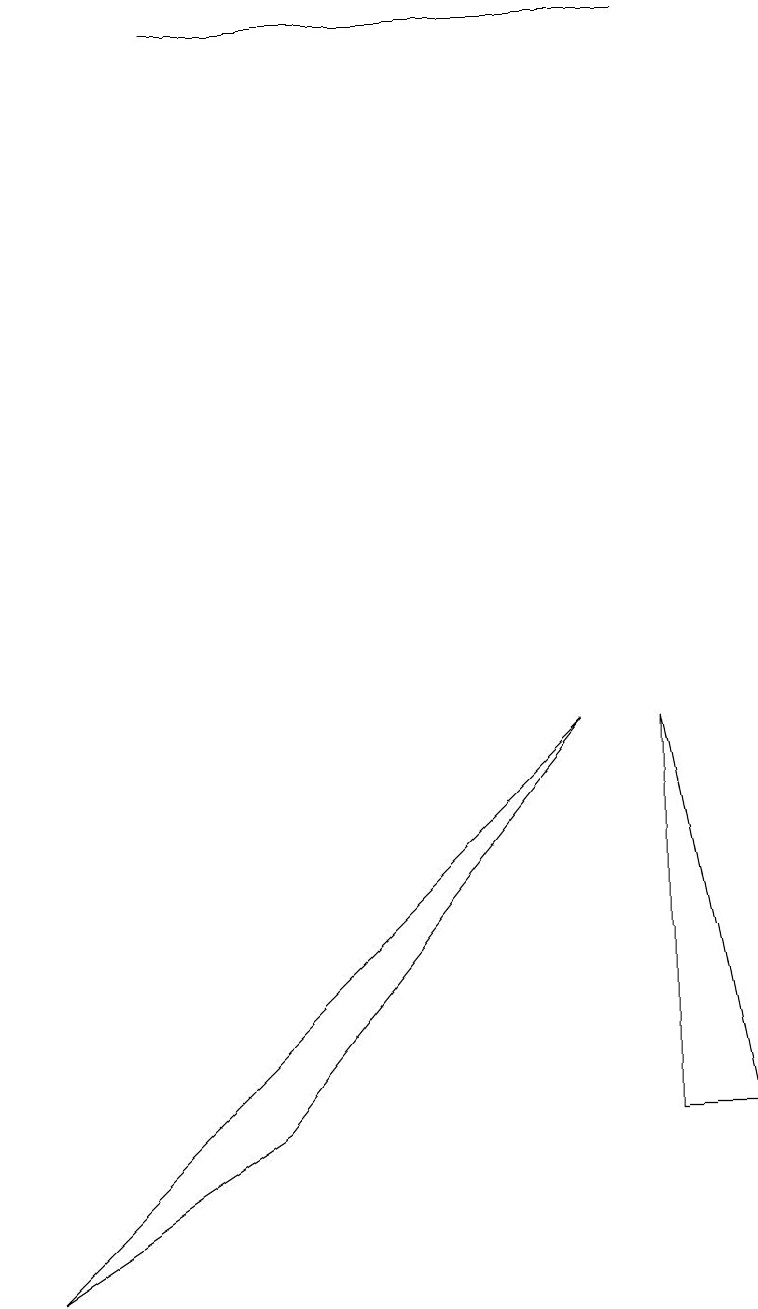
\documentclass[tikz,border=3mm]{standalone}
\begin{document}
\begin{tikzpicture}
\draw (8,17) rectangle (2,17);
\draw (8,8) -- (8,3) -- (9,3) -- cycle;
\draw (0,1) -- (7,8) -- (3,3) -- cycle;
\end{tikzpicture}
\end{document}